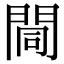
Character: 𨴏